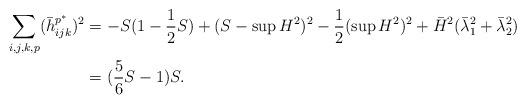
LaTeX: \begin{align*}\begin{aligned}\sum_{i,j,k,p}(\bar h^{p^{\ast}}_{ijk})^2&=-S(1-\dfrac12S)+(S-\sup H^2)^2-\dfrac12(\sup H^2)^2+\bar H^2(\bar \lambda_1^2+\bar\lambda_2^2)\\&=(\frac56S-1)S.\end{aligned}\end{align*}